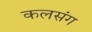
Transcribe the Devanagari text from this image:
कलसंग